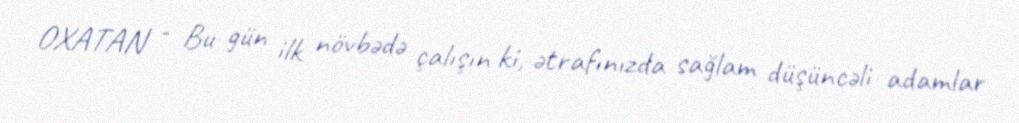
OXATAN - Bu gün ilk növbədə çalışın ki, ətrafınızda sağlam düşüncəli adamlar